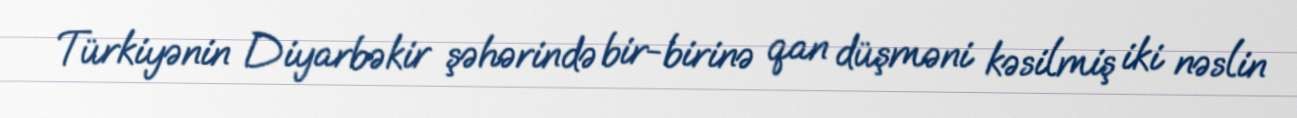
Türkiyənin Diyarbəkir şəhərində bir-birinə qan düşməni kəsilmiş iki nəslin